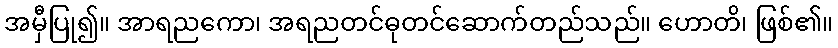
အမှီပြု၍။ အာရညကော၊ အရညတင်ဓုတင်ဆောက်တည်သည်။ ဟောတိ၊ ဖြစ်၏။